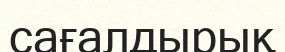
сағалдырық